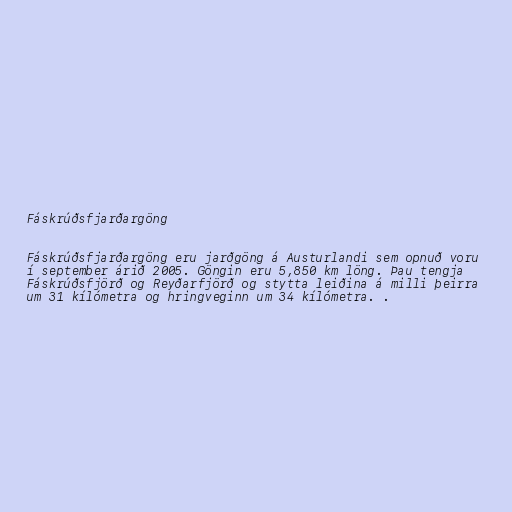
Fáskrúðsfjarðargöng

Fáskrúðsfjarðargöng eru jarðgöng á Austurlandi sem opnuð voru
í september árið 2005. Göngin eru 5,850 km löng. Þau tengja
Fáskrúðsfjörð og Reyðarfjörð og stytta leiðina á milli þeirra
um 31 kílómetra og hringveginn um 34 kílómetra. .